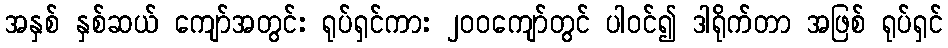
အနှစ် နှစ်ဆယ် ကျော်အတွင်း ရုပ်ရှင်ကား ၂၀၀ကျော်တွင် ပါဝင်၍ ဒါရိုက်တာ အဖြစ် ရုပ်ရှင်